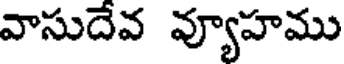
వాసుదేవ వ్యూహము